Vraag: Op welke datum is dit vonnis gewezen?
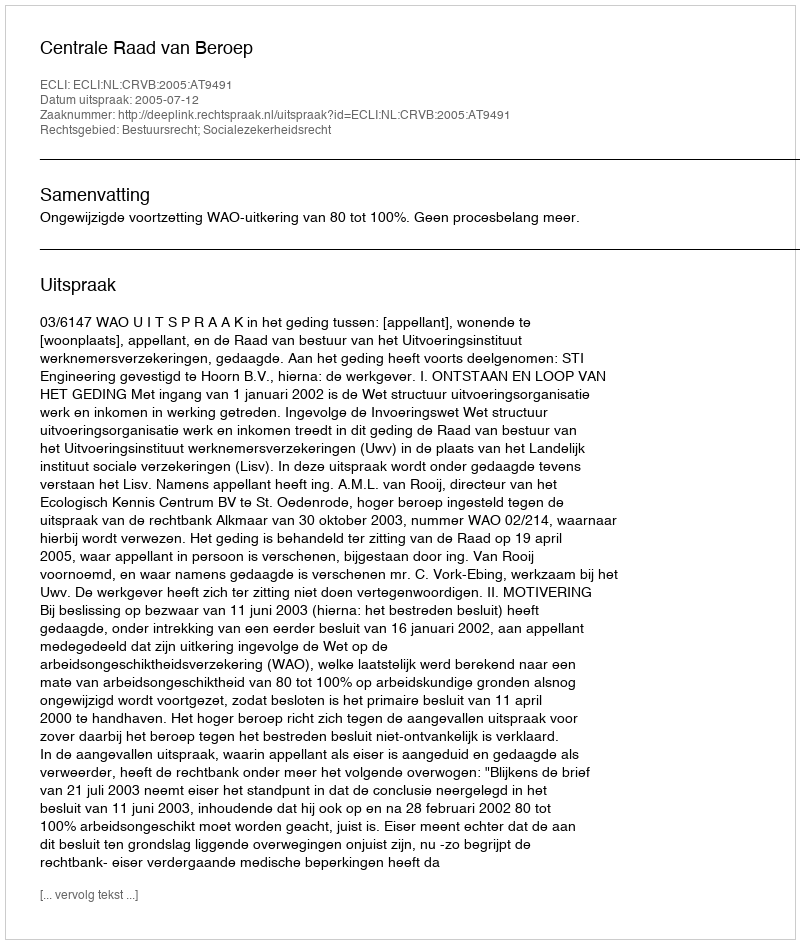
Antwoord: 2005-07-12